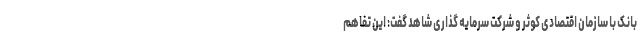
بانک با سازمان اقتصادی کوثر و شرکت سرمایه گذاری شاهد گفت: این تفاهم